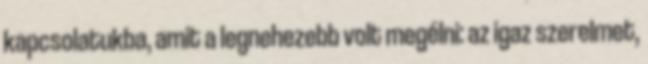
kapcsolatukba, amit a legnehezebb volt megélni: az igaz szerelmet,